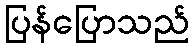
ပြန်ပြောသည်